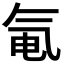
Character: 𬇐